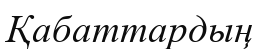
Қабаттардың